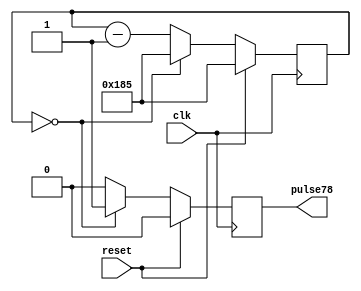
module ddr_pulse78 (
	input     clk,
	input     reset,
	//
	output    pulse78
);

`define PULSE78_RNG  8:0
`define PULSE78_INIT 389

reg [`PULSE78_RNG] counter;
reg            pulse78_reg;

assign pulse78 = pulse78_reg;

always @(posedge clk)
begin
	if (reset) begin
		counter     <= `PULSE78_INIT;
		pulse78_reg <= 0;
	end else begin
		if (counter == 0) begin
			counter     <= `PULSE78_INIT;
			pulse78_reg <= 1'b1;
		end else begin
			counter     <= counter - 1;
			pulse78_reg <= 0;
		end
	end
end


endmodule